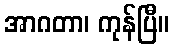
အာဂတာ၊ ကုန်ပြီ။